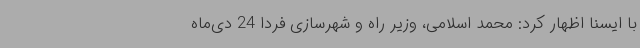
با ایسنا اظهار کرد: محمد اسلامی، وزیر راه و شهرسازی فردا 24 دی‌ماه